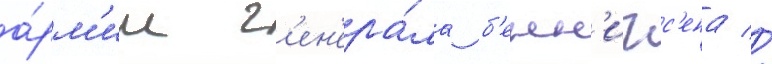
а́рм'ии г'ен'ера́ла б'енн'игс'ена //